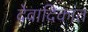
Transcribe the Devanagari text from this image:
देवादिकांत